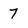
Character: 7